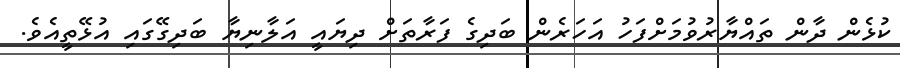
ކުޅެން ދާން ތައްޔާރުވުމަށްފަހު އަހަރެން ބަދިގެ ފަރާތަށް ދިޔައީ އަލާނިޔާ ބަދިގޭގައި އުޅޭތީއެވެ.